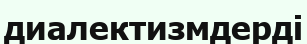
диалектизмдерді